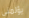
يؤلمنى